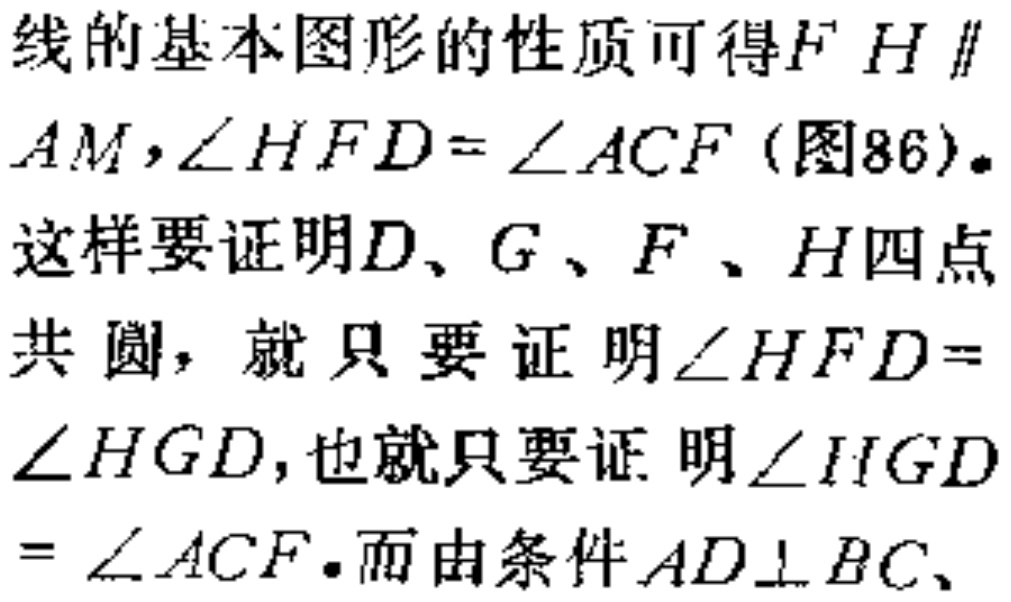
线的基本图形的性质可得\(F H \parallel AM,\angle HFD = \angle ACF\) (图86)。这样要证明\(D、G、F、H\)四点共圆，就只要证明\(\angle HFD=\angle HGD\),也就只要证明\(\angle HGD = \angle ACF\)。而由条件\(AD\perp BC\)、